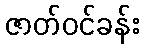
ဇာတ်ဝင်ခန်း